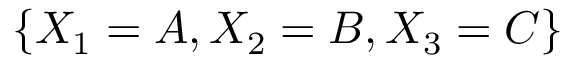
\{ X _ { 1 } = A , X _ { 2 } = B , X _ { 3 } = C \}